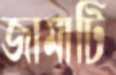
জামাটি